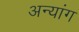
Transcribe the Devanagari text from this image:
अन्यांग